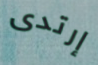
إرتدى